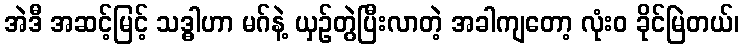
အဲဒီ အဆင့်မြင့် သဒ္ဓါဟာ မဂ်နဲ့ ယှဉ်တွဲပြီးလာတဲ့ အခါကျတော့ လုံးဝ ခိုင်မြဲတယ်၊